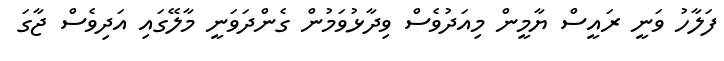
ފަލާހު ވަނީ ރައީސް ޔާމީން މިއަދުވެސް ވިދާޅުވަމުން ގެންދަވަނީ މާލޭގައި އަދިވެސް ޖާގަ